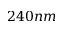
2 4 0 n m